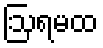
ဩရမထ